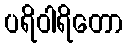
ပရိဝါရိတော